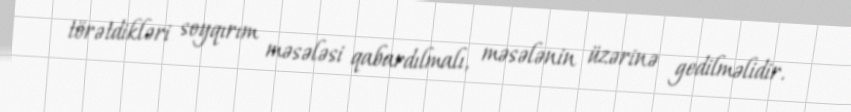
törətdikləri soyqırım məsələsi qabardılmalı, məsələnin üzərinə gedilməlidir.